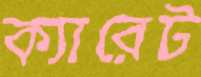
ক্যারেট